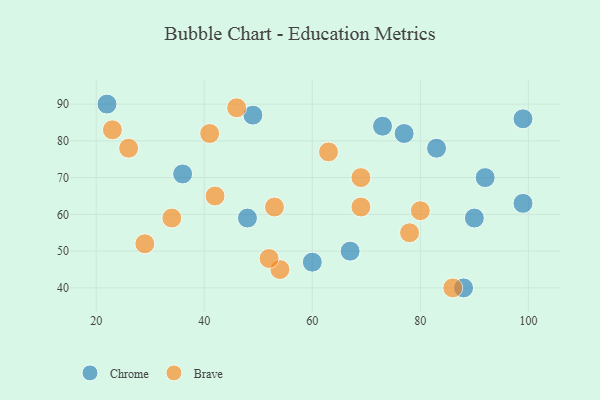
{"axis": {"x": "GDP", "y": "Life Expectancy"}, "legend": ["Brave", "Chrome"], "data": [{"x": "99", "y": 63, "type": "Chrome"}, {"x": "22", "y": 90, "type": "Chrome"}, {"x": "73", "y": 84, "type": "Chrome"}, {"x": "88", "y": 40, "type": "Chrome"}, {"x": "49", "y": 87, "type": "Chrome"}, {"x": "48", "y": 59, "type": "Chrome"}, {"x": "83", "y": 78, "type": "Chrome"}, {"x": "36", "y": 71, "type": "Chrome"}, {"x": "99", "y": 86, "type": "Chrome"}, {"x": "60", "y": 47, "type": "Chrome"}, {"x": "90", "y": 59, "type": "Chrome"}, {"x": "77", "y": 82, "type": "Chrome"}, {"x": "92", "y": 70, "type": "Chrome"}, {"x": "67", "y": 50, "type": "Chrome"}, {"x": "23", "y": 83, "type": "Brave"}, {"x": "53", "y": 62, "type": "Brave"}, {"x": "63", "y": 77, "type": "Brave"}, {"x": "54", "y": 45, "type": "Brave"}, {"x": "80", "y": 61, "type": "Brave"}, {"x": "52", "y": 48, "type": "Brave"}, {"x": "29", "y": 52, "type": "Brave"}, {"x": "42", "y": 65, "type": "Brave"}, {"x": "86", "y": 40, "type": "Brave"}, {"x": "34", "y": 59, "type": "Brave"}, {"x": "78", "y": 55, "type": "Brave"}, {"x": "41", "y": 82, "type": "Brave"}, {"x": "46", "y": 89, "type": "Brave"}, {"x": "69", "y": 70, "type": "Brave"}, {"x": "69", "y": 62, "type": "Brave"}, {"x": "26", "y": 78, "type": "Brave"}]}